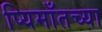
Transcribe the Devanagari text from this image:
प्यिमाँतच्या